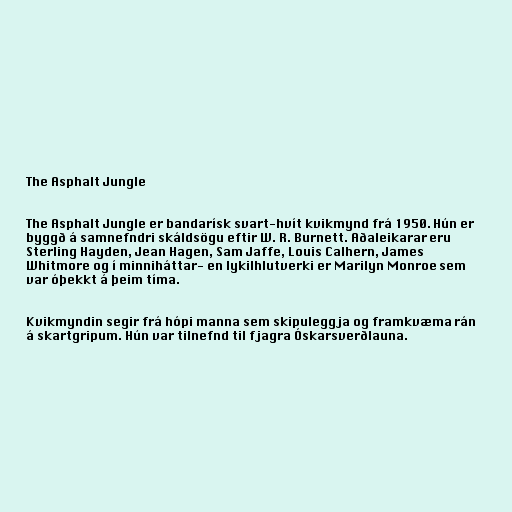
The Asphalt Jungle

The Asphalt Jungle er bandarísk svart-hvít kvikmynd frá 1950. Hún er
byggð á samnefndri skáldsögu eftir W. R. Burnett. Aðaleikarar eru
Sterling Hayden, Jean Hagen, Sam Jaffe, Louis Calhern, James
Whitmore og í minniháttar- en lykilhlutverki er Marilyn Monroe sem
var óþekkt á þeim tíma.

Kvikmyndin segir frá hópi manna sem skipuleggja og framkvæma rán
á skartgripum. Hún var tilnefnd til fjagra Óskarsverðlauna.